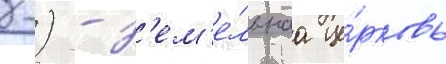
-) - з'ем'е́льнаа це́рковь